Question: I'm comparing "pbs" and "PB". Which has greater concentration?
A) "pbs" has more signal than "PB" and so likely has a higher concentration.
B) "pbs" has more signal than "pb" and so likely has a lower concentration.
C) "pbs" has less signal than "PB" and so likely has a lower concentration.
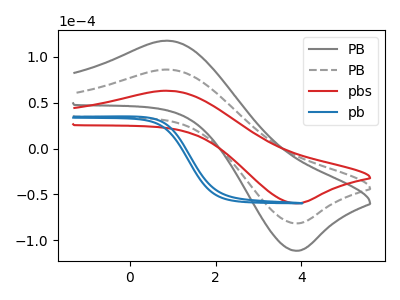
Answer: <think>The gray curve "PB" has an anodic peak at (0.90V, 171.85uA) and a cathodic peak at (3.85V, -162.85uA). The gray dashed curve "PB" has an anodic peak at (0.90V, 85.90uA) and a cathodic peak at (3.85V, -81.45uA). The red curve "pbs" has an anodic peak at (0.90V, 62.90uA) and a cathodic peak at (3.85V, -59.60uA). The blue curve "pb" has no peaks.
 All the peaks in "pbs" have a peak in "PB" at the same potential. Every peak in "pbs" is lower than every peak in "PB".</think>
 <answer>C) "pbs" has less signal than "PB" and so likely has a lower concentration.</answer>
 <eval>C</eval>